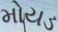
મોયડ